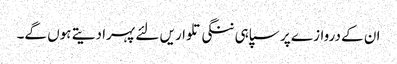
ان کے دروازے پر سپاہی ننگی تلواریں لئے پہرا دیتے ہوں گے۔